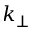
k _ { \perp }